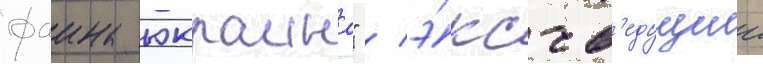
"фаина юкраина" / э́кс-в'едущии